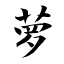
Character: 萝